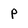
Character: p